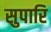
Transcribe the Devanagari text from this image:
सुपारि